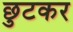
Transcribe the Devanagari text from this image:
छुटकर